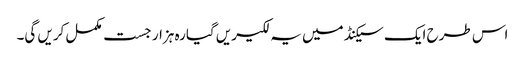
اس طرح ایک سیکنڈ میں یہ لکیریں گیارہ ہزار جست مکمل کریں گی۔